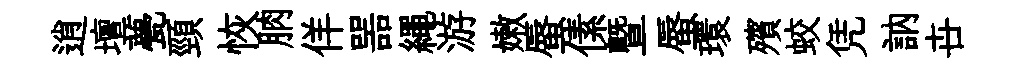
逍壇甍頸恢朒佯噐繩游嫩蜃傃曁蜃環殯蛟凭訥卋